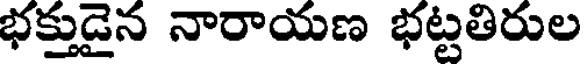
భక్తుడైన నారాయణ భట్టతిరుల